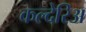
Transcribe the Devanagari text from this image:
कल्देरिअ